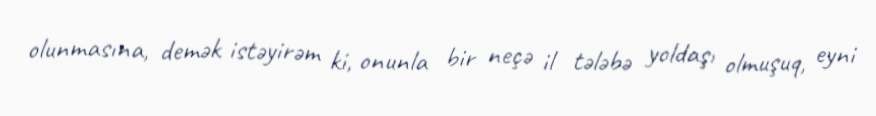
olunmasına, demək istəyirəm ki, onunla bir neçə il tələbə yoldaşı olmuşuq, eyni